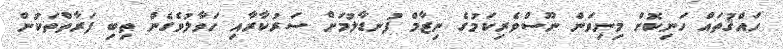
ހައްޤުތައް ހަނިކޮށް މިނިވަން ނޫސްވެރިކަމުގެ ނިޒާމް ފުނޑާލުމަށް ސަރުކާރާއި ހަވާލުވެގެން ތިބި ފަރާތްތަކުން